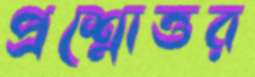
প্রশ্নোত্তর